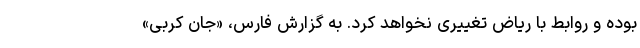
بوده و روابط با ریاض تغییری نخواهد کرد. به گزارش فارس، «جان کربی»